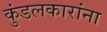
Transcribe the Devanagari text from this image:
कुंडलकारांना